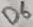
Text: D6